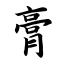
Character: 膏